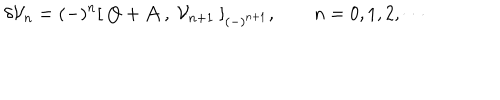
LaTeX: \delta { \cal { V } } _ { n } = ( - ) ^ { n } [ \ Q + { \cal { A } } \ , \ { \cal { V } } _ { n + 1 } \ ] _ { ( - ) ^ { n + 1 } } , \qquad n = 0 , 1 , 2 , \cdots